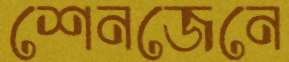
শেনজেনে